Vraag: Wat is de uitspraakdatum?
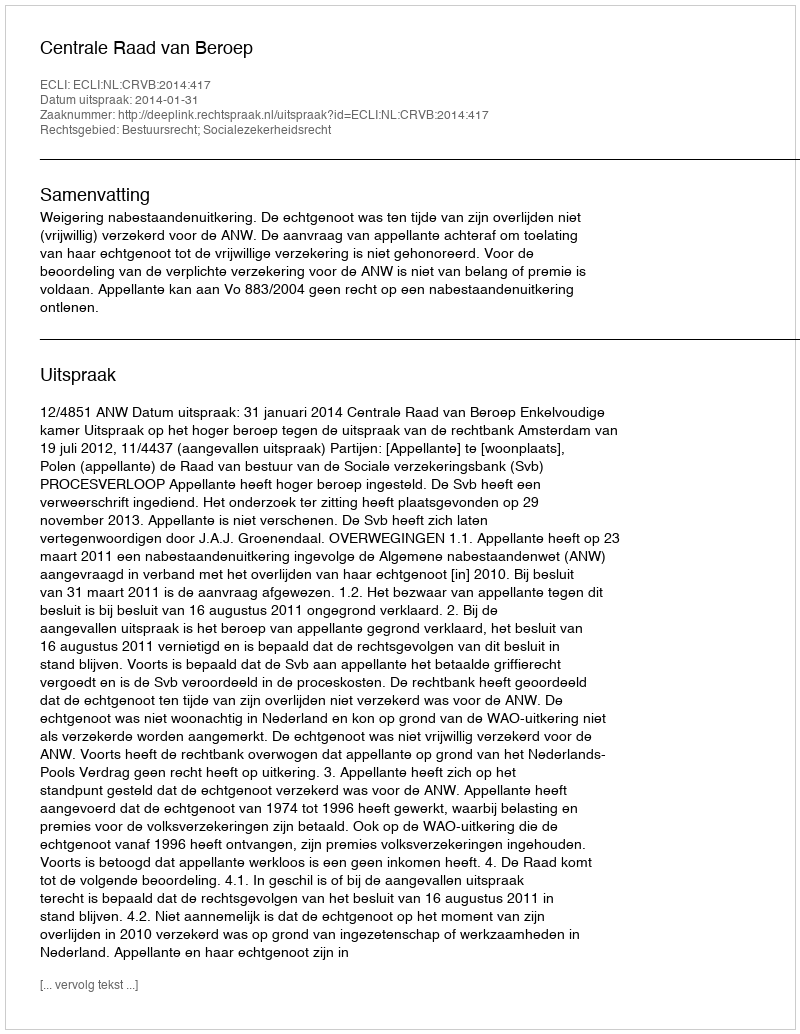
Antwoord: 2014-01-31